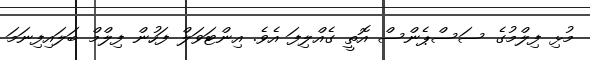
މުޅި ފިލްމުގެ ސަސްޕެންސް އޮތީ ގެއްލިފަ އެވެ. އިންޓަވަލް ފަހުން ފިލްމް ބަލައިފިނަމަ